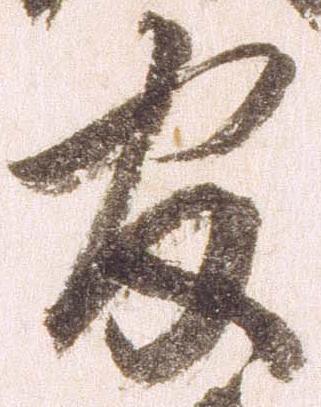
官